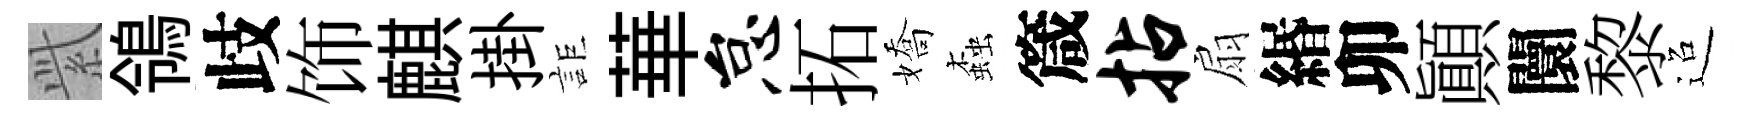
𬗋鴒歧饰麒掛詎華怠拓嬌螙箴拈扇緡卯顚闤黎迢